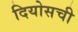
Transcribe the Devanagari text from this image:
दियोसची